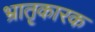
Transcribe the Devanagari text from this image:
भ्रातृकारक